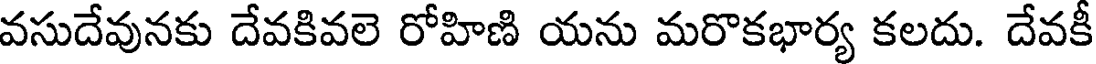
వసుదేవునకు దేవకివలె రోహిణి యను మరొకభార్య కలదు. దేవకీ